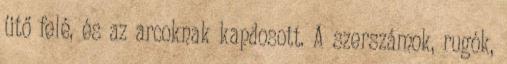
ütő felé, és az arcoknak kapdosott. A szerszámok, rugók,